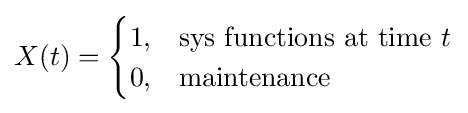
X(t)={\begin{cases}1,&{\text{sys functions at time }}t\\0,&{\text{maintenance}}\end{cases}}